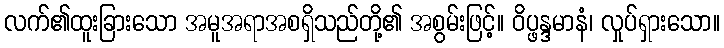
လက်၏ထူးခြားသော အမူအရာအစရှိသည်တို့၏ အစွမ်းဖြင့်။ ဝိပ္ဖန္ဒမာနံ၊ လှုပ်ရှားသော။